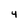
Character: 4